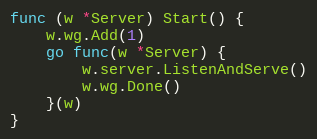
Language: Go
func (w *Server) Start() {
	w.wg.Add(1)
	go func(w *Server) {
		w.server.ListenAndServe()
		w.wg.Done()
	}(w)
}